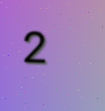
2